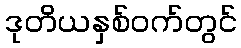
ဒုတိယနှစ်ဝက်တွင်